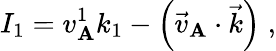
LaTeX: I_{1}=v_{\mathbf{A}}^{1}k_{1}-\left(\vec{{v}}_{\mathbf{A}}\cdot\vec{{k}}\right)\; ,